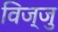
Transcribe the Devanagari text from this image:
विज्जु